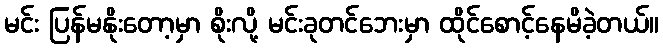
မင်း ပြန်မနိုးတော့မှာ စိုးလို့ မင်းခုတင်ဘေးမှာ ထိုင်စောင့်နေမိခဲ့တယ်။